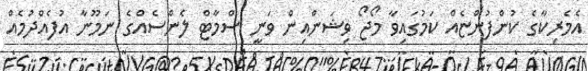
އެމެރިކާގެ ކުންފުންޏެއް ކަމުގައިވާ މޯޖޯ ވިޝަންއިން ވަނީ ސްމާޓް ލެންސެއްގެ ނަމޫނާ އުފެއްދުމެއް